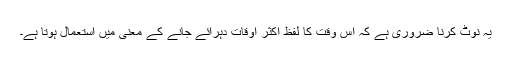
یہ نوٹ کرنا ضروری ہے کہ اس وقت کا لفظ اکثر اوقات دہرائے جانے کے معنی میں استعمال ہوتا ہے۔